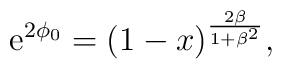
{\rm e}^{2 \phi_0} = ( 1 - x )^{{2 \beta}\over {1 + \beta ^2}} ,